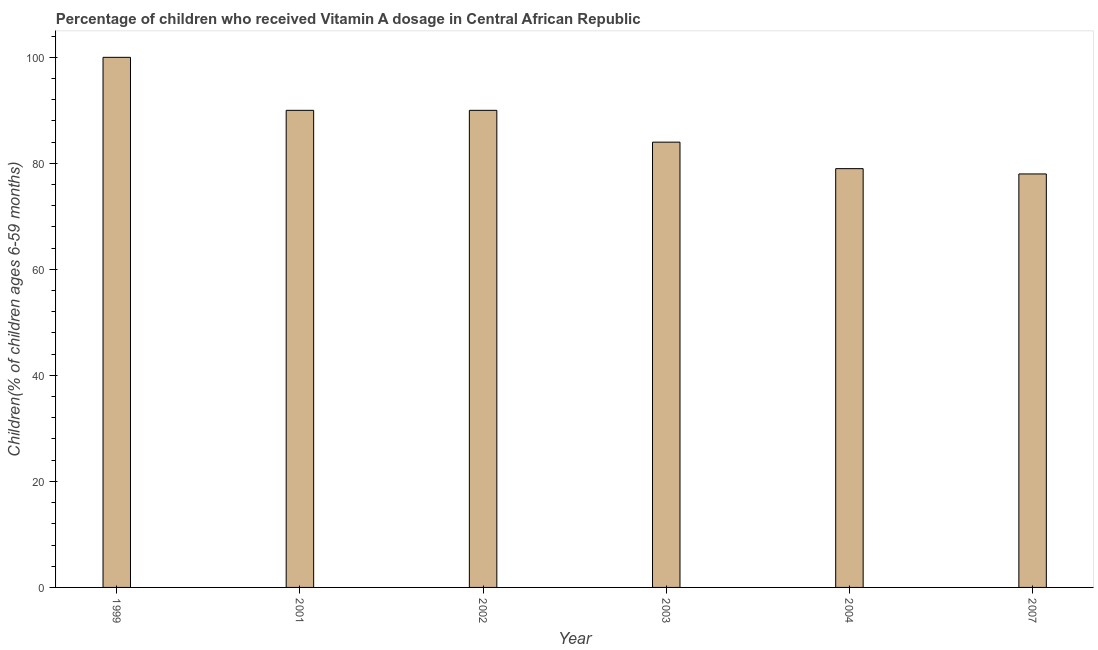
| Year | Vitamin A supplementation coverage rate  |
 | --- | --- |
 | 1999 | 100 |
 | 2001 | 90 |
 | 2002 | 90 |
 | 2003 | 84 |
 | 2004 | 79 |
 | 2007 | 78 |